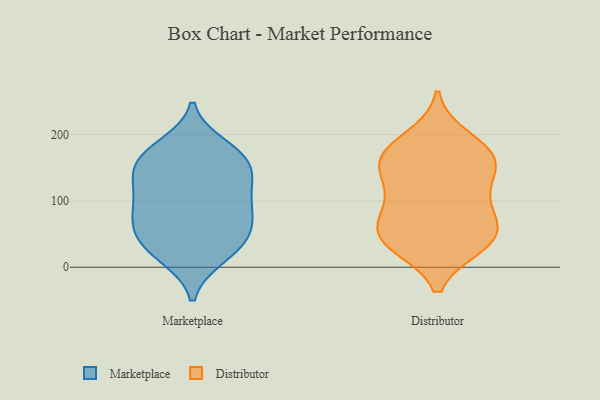
{"axis": {"x": "Production Output", "y": "Value"}, "legend": ["Distributor", "Marketplace"], "data": [{"x": "", "y": 106, "type": "Marketplace"}, {"x": "", "y": 132, "type": "Marketplace"}, {"x": "", "y": 140, "type": "Marketplace"}, {"x": "", "y": 167, "type": "Marketplace"}, {"x": "", "y": 15, "type": "Marketplace"}, {"x": "", "y": 169, "type": "Marketplace"}, {"x": "", "y": 93, "type": "Marketplace"}, {"x": "", "y": 47, "type": "Marketplace"}, {"x": "", "y": 77, "type": "Marketplace"}, {"x": "", "y": 78, "type": "Marketplace"}, {"x": "", "y": 148, "type": "Marketplace"}, {"x": "", "y": 15, "type": "Marketplace"}, {"x": "", "y": 92, "type": "Marketplace"}, {"x": "", "y": 47, "type": "Marketplace"}, {"x": "", "y": 37, "type": "Marketplace"}, {"x": "", "y": 133, "type": "Marketplace"}, {"x": "", "y": 50, "type": "Marketplace"}, {"x": "", "y": 183, "type": "Marketplace"}, {"x": "", "y": 172, "type": "Marketplace"}, {"x": "", "y": 117, "type": "Distributor"}, {"x": "", "y": 75, "type": "Distributor"}, {"x": "", "y": 155, "type": "Distributor"}, {"x": "", "y": 56, "type": "Distributor"}, {"x": "", "y": 38, "type": "Distributor"}, {"x": "", "y": 111, "type": "Distributor"}, {"x": "", "y": 38, "type": "Distributor"}, {"x": "", "y": 81, "type": "Distributor"}, {"x": "", "y": 172, "type": "Distributor"}, {"x": "", "y": 34, "type": "Distributor"}, {"x": "", "y": 45, "type": "Distributor"}, {"x": "", "y": 165, "type": "Distributor"}, {"x": "", "y": 168, "type": "Distributor"}, {"x": "", "y": 194, "type": "Distributor"}, {"x": "", "y": 151, "type": "Distributor"}]}